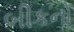
બીકનો